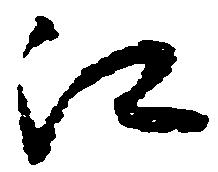
江